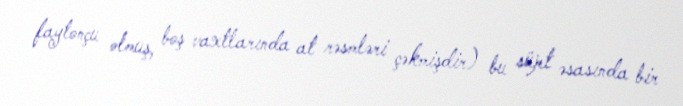
faytonçu olmuş, boş vaxtlarında at rəsmləri çəkmişdir) bu süjet əsasında bir